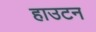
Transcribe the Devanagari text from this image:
हाउटन